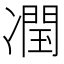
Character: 𭂣